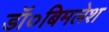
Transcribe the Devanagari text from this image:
डॉ०बिमलेश